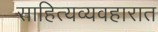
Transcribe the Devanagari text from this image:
साहित्यव्यवहारात